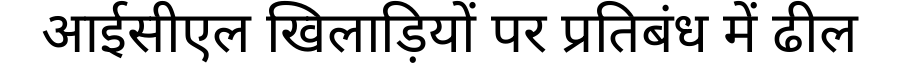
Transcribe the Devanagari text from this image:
आईसीएल खिलाड़ियों पर प्रतिबंध में ढील